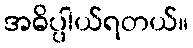
အဓိပ္ပါယ်ရတယ်။